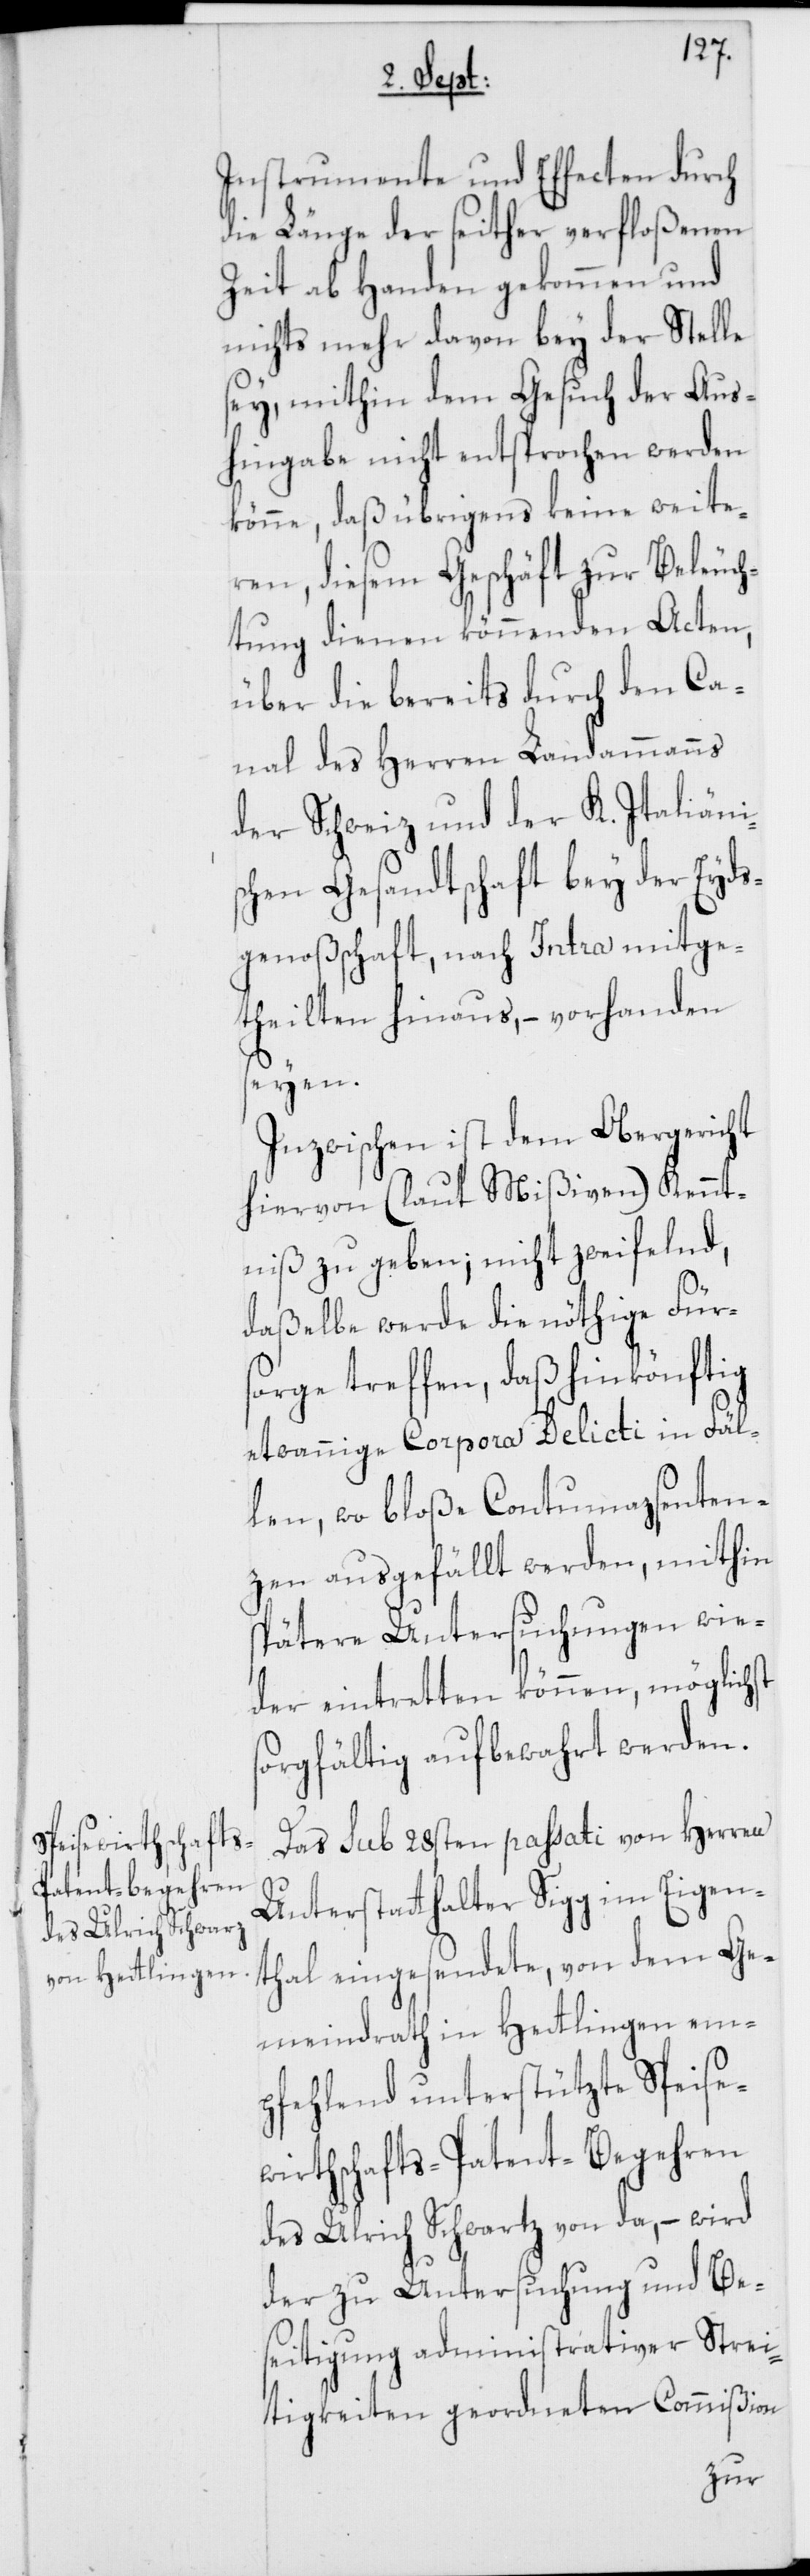
ewirthschaft¬
ent-Begehren

s-Pat¬
Instrumente und Effecten durch
die Länge der seither verfloßenen
Zeit ab Handen gekommen und
nichts mehr davon bey der Stelle
sey, mithin dem Gesuch der Aus¬
hingabe nicht entsprochen werden
könne, daß übrigens keine weite¬
ren, diesem Geschäft zur Beleuch¬
tung dienen könnenden Acten,
über die bereits durch den Ca¬
nal des Herren Landammanns
der Schweiz und der K. Italiänis¬
chen Gesandtschaft bey der Eyds¬
genoßschaft, nach Intra mitge¬
theilten hinaus, – vorhanden
seyen.
Inzwischen ist dem Obergericht
hiervon (laut Mißiven) Kennt¬
niß zu geben; nicht zweifelnd,
daßelbe werde die nöthige Fürs¬
orge treffen, daß hinkönftig
etwannige Corpora Delicti in Fäl¬
len, wo bloße Contumazsenten¬
zen ausgefällt werden, mithin
spätere Untersuchungen wie¬
der eintretten können, möglichst
sorgfältig aufbewahrt werden.
Das sub 28sten passati von Herren
Unterstatthalter Sigg im Eigen¬
thal eingesendete, von dem Ge¬
meindrath in Hettlingen em¬
pfehlend unterstützte Speis¬
des Ulrich Schwartz von da, – wird
der zu Untersuchung und Be¬
seitigung administrativer Strei¬
tigkeiten geordneten Commißion